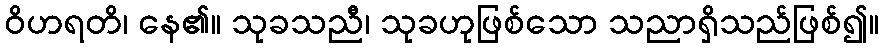
ဝိဟရတိ၊ နေ၏။ သုခသညီ၊ သုခဟုဖြစ်သော သညာရှိသည်ဖြစ်၍။